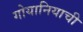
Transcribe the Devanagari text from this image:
गोयानियाची